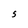
Character: S